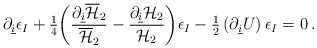
\begin{align*}\partial_{\underline i}\epsilon_I +{\textstyle\frac{1}{4}}\biggl ({\partial_{\underline i}{\overline {\cal H}_2}\over{\overline {\cal H}_2}}-{\partial_{\underline i}{\cal H}_2\over {\cal H}_2}\biggr )\epsilon_I -{\textstyle\frac{1}{2}}\left( \partial_{\underline i}U\right)\epsilon_I=0\, .\end{align*}